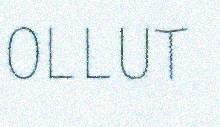
OLLUT